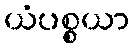
ယံပစ္စယာ